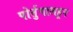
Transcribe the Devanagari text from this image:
पोर्तुगालहून